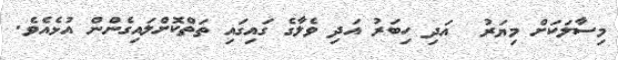
މިސާލަކަށް މިޔަރު  އަދި ހިބަރު އަދި ވެލާގެ ގައިގައި ތަތްކޮށްލައިގެންން އުޅެއެވެ.